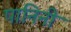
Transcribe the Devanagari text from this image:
पानिनी